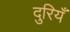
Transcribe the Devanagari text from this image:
दुरियँ